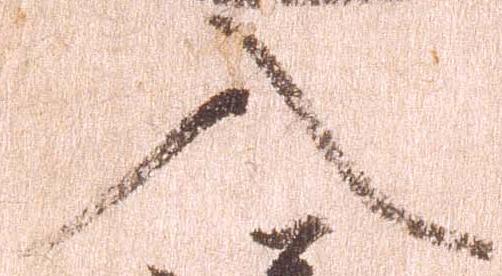
入